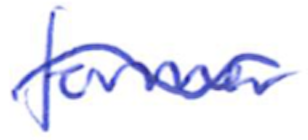
Text: former
Cross-out: wave
Writing tool: ballpoint